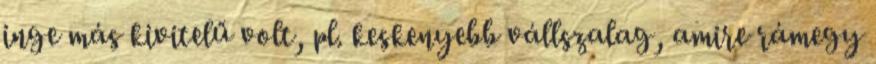
inge más kivitelű volt, pl. keskenyebb vállszalag, amire rámegy